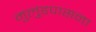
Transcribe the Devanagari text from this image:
मुलुंडपासना